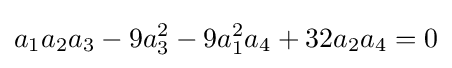
a_{1}a_{2}a_{3}-9a_{3}^{2}-9a_{1}^{2}a_{4}+32a_{2}a_{4}=0